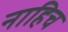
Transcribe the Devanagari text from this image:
नाहिच